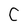
Character: C